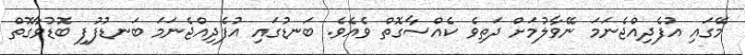
މޭގައި އުފެދިއްޖެނަމަ ނޭވާލުމަށް ދަތިވެ ކެއްސާގޮތް ވެއެވެ. ބަނޑުގައި އުފެދިއްޖެނަމަ ބަނޑުފުފި ބޮޑުވާގޮތް